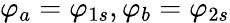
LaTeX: \varphi_{a}=\varphi_{1s},\varphi_{b}=\varphi_{2s}